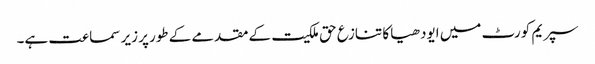
سپریم کورٹ میں ایودھیا کا تنازع حق ملکیت کے مقدمے کے طورپر زیر سماعت ہے۔